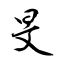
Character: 旻